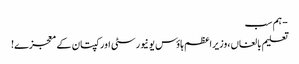
- ہم سب
تعلیم بالغاں،وزیراعظم ہاؤس یونیورسٹی اور کپتان کے معجزے!